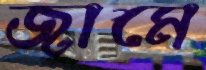
জামে